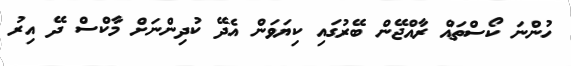
ހުންނަ ކޯސްތައް ރާއްޖޭން ބޭރުގައި ކިޔަވަން އެދޭ ކުދިންނަށް މާކްސް ދޭ އިރު